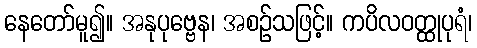
နေတော်မူ၍။ အနုပုဗ္ဗေန၊ အစဉ်သဖြင့်။ ကပိလဝတ္ထုပုရံ၊